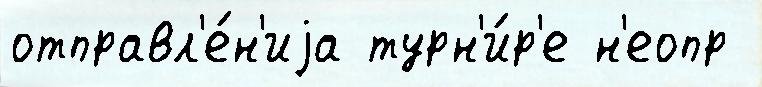
отправл'е́н'иjа турн'и́р'е н'еопр